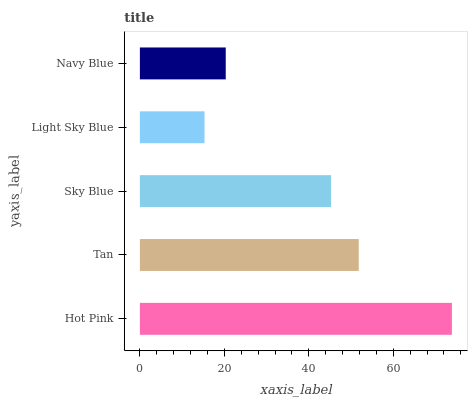
| yaxis_label | bars |
 | --- | --- |
 | Hot Pink | 73.9 |
 | Tan | 51.8 |
 | Sky Blue | 45.3 |
 | Light Sky Blue | 15.3 |
 | Navy Blue | 20.3 |